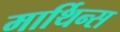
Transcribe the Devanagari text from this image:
मार्थिन्स